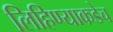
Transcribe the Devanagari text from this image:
लिहिण्याकडेच